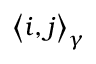
\left\langle i , j \right\rangle _ { \gamma }